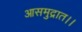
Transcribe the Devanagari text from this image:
आसमुद्रात।।